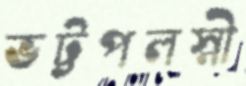
ভট্টপলস্নী